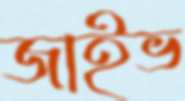
জাইভ